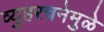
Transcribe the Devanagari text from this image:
व्युहरचनेमुळे